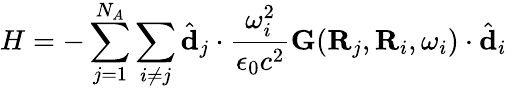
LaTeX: H=-\sum_{j=1}^{N_{A}}\sum_{i\neq j}\hat{\mathbf{d}}_{j}\cdot\frac{\omega_{i}^{2}}{\epsilon_{0}c^{2}}\mathbf{G}(\mathbf{R}_{j},\mathbf{R}_{i},\omega_{i})\cdot\hat{\mathbf{d}}_{i}